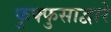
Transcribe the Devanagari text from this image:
फुफ्फुसाद्वारे